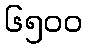
၆၅၀၀